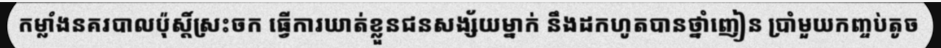
កម្លាំងនគរបាលប៉ុស្តិ៍ស្រះចក ធ្វើការឃាត់ខ្លួនជនសង្ស័យម្នាក់ នឹងដកហូតបានថ្នាំញៀន ប្រាំមួយកញ្ចប់តូច